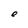
Character: e